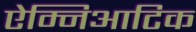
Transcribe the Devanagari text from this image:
ऐम्निआटिक